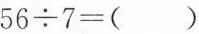
$$5 6 ÷ 7 = ( )$$